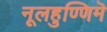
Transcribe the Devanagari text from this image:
नूलहुण्णिमॆ